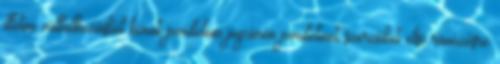
illetve vállalkozásból kivont jövedelem jogcímén jövedelmet szerzőket első ránézésre